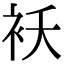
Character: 袄